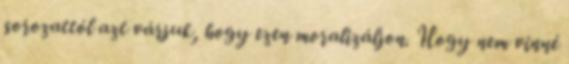
sorozattól azt várjuk, hogy ezen moralizáljon. Hogy nem vinné